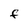
Character: F